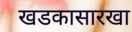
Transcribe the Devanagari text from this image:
खडकासारखा